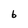
Character: 6